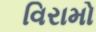
વિરામો